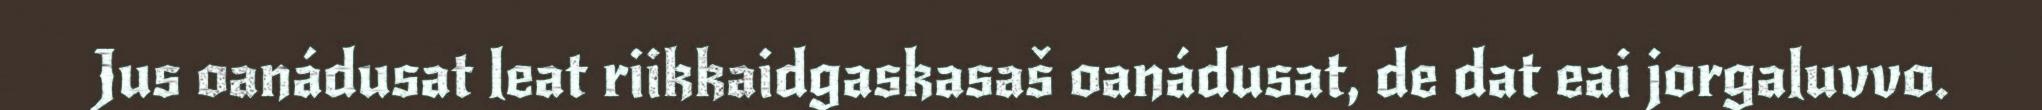
Jus oanádusat leat riikkaidgaskasaš oanádusat, de dat eai jorgaluvvo.